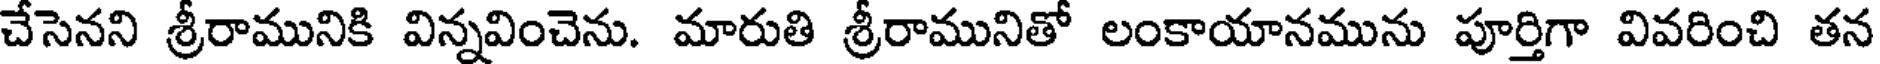
చేసెనని శ్రీరామునికి విన్నవించెను. మారుతి శ్రీరామునితో లంకాయానమును పూర్తిగా వివరించి తన